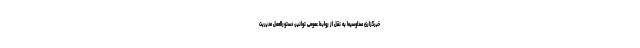
خبرگزاری صداوسیما به نقل از روابط عمومی توانیر، دستورالعمل مدیریت